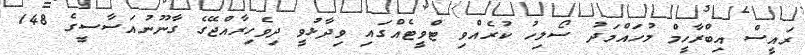
ރައީސް އިބްރާހީމް މުހައްމަދު ސޯލިހު ކުރެއްވި ޓްވީޓެއްގައި ވިދާޅުވީ ދިވެހިރާއްޖޭގެ ގާނޫނުއަސާސީގެ 148